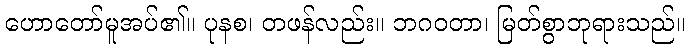
ဟောတော်မူအပ်၏။ ပုနစ၊ တဖန်လည်း။ ဘဂဝတာ၊ မြတ်စွာဘုရားသည်။